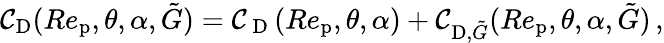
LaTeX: \mathcal{C}_{\textup{{D}}}(Re_{\textup{{p}}},\theta,\alpha,\tilde{{G}})=\mathcal{C}_{\mathrm{{~D~}}}(Re_{\textup{{p}}},\theta,\alpha)+\mathcal{C}_{\textup{{D}},\tilde{{G}}}(Re_{\textup{{p}}},\theta,\alpha,\tilde{{G}})\, ,